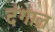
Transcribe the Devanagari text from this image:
दंगाल